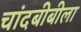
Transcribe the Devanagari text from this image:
चांदबीबीला